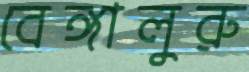
বেঙ্গালুরু